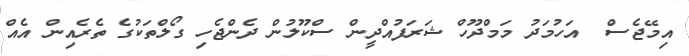
އިމޭޖެސް  އަހުމަދު މަމްދޫހް ޝަރަފުއްދީން ސްކޫލުން ދެންޖެހި ގޯލްތަކުގެ ތެރެއިން އެއް